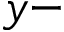
y -